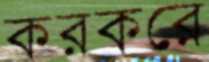
করকরে